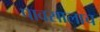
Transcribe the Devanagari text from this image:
पावसालाच